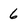
Character: 6